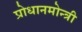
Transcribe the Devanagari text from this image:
प्रोधानमोन्त्री